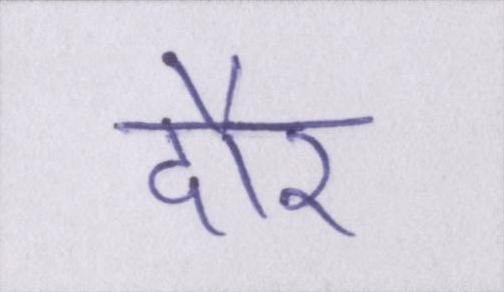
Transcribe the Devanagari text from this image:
दौर